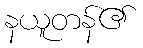
နယူတန်၏